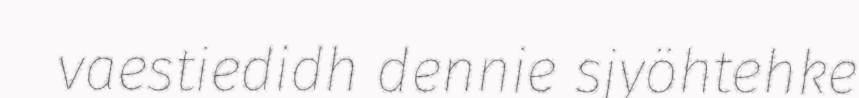
vaestiedidh dennie sjyöhtehke